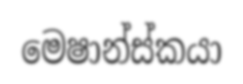
මෙෂාන්ස්කයා